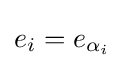
e_{i}=e_{\alpha _{i}}